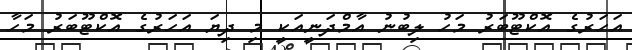
އަހަރުގެ އޮކްޓޫބަރު މަހު ލިބުނު އާމްދަނީއަކީ މި ދިޔަ އަހަރުގެ އޮކްޓޫބަރު މަހާ